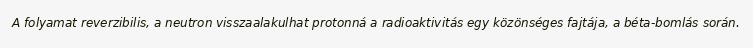
A folyamat reverzibilis, a neutron visszaalakulhat protonná a radioaktivitás egy közönséges fajtája, a béta-bomlás során.